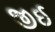
જીઈ